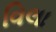
વિલા